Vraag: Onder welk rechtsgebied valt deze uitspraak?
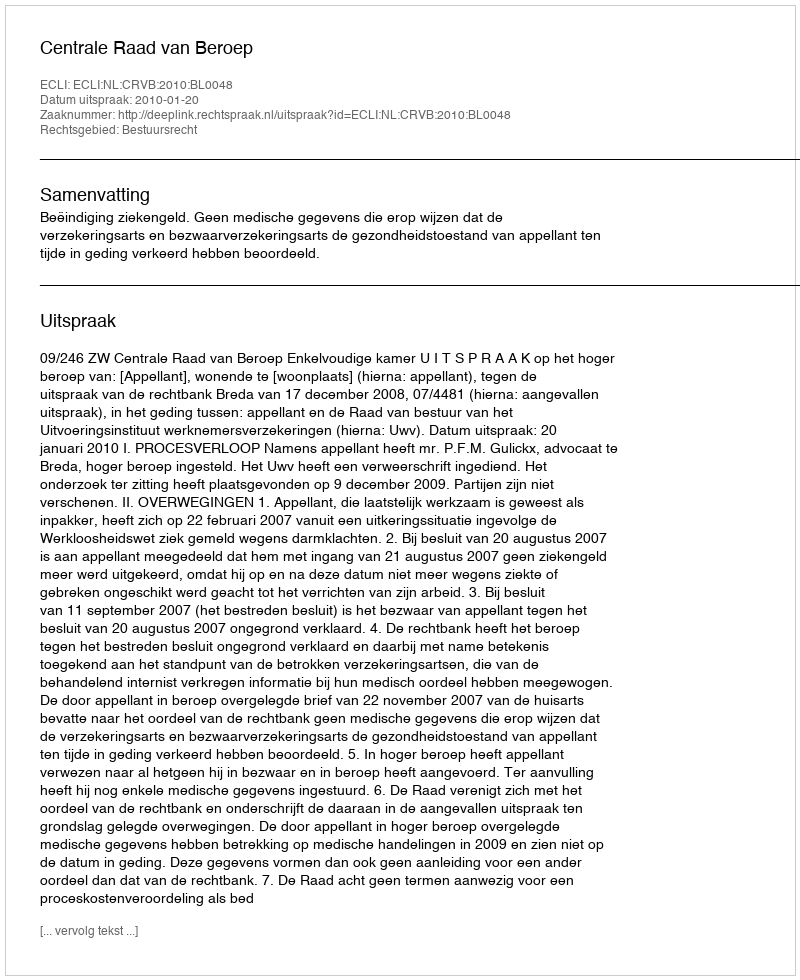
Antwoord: Bestuursrecht